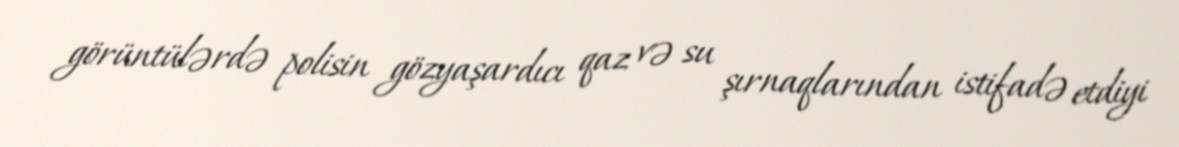
görüntülərdə polisin gözyaşardıcı qaz və su şırnaqlarından istifadə etdiyi